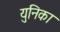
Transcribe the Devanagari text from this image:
युनिका